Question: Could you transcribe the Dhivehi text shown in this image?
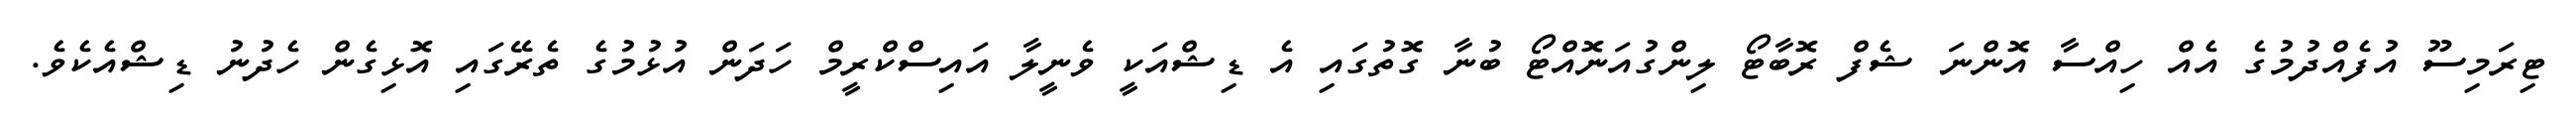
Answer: ޓިރަމިސޫ އުފެއްދުމުގެ އެއް ހިއްސާ އޮންނަ ޝެފް ރޮބާޓޯ ލިންގުއަނޮއްޓޯ ބުނާ ގޮތުގައި އެ ޑިޝްއަކީ ވެނީލާ އައިސްކްރީމް ހަދަން އުޅުމުގެ ތެރޭގައި އޮޅިގެން ހެދުނު ޑިޝްއެކެވެ.